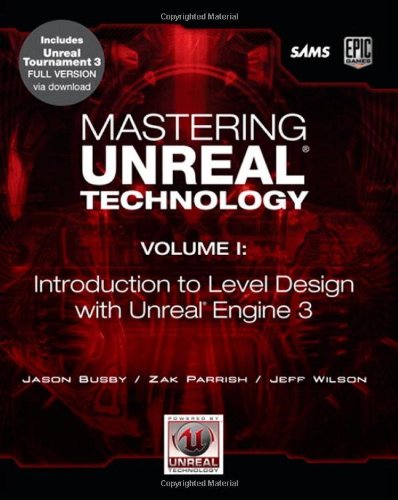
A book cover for Mastering Unreal Technology, Volume I: Introduction to Level Design with Unreal Engine 3; Jason Busby; Computers & Technology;